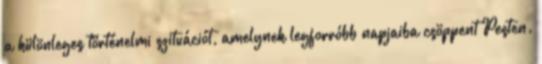
a különleges történelmi szituációt, amelynek legforróbb napjaiba csöppent Pesten.